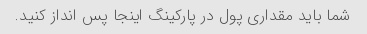
شما باید مقداری پول در پارکینگ اینجا پس انداز کنید.